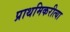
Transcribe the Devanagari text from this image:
प्राथमिकरीत्या